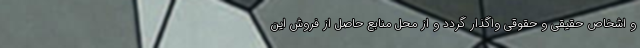
و اشخاص حقیقی و حقوقی واگذار گردد و از محل منابع حاصل از فروش این